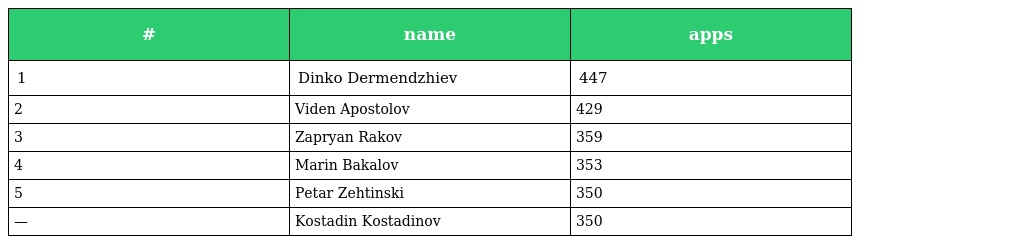
| # | name | apps |
 | --- | --- | --- |
 | 1 | Dinko Dermendzhiev | 447 |
 | 2 | Viden Apostolov | 429 |
 | 3 | Zapryan Rakov | 359 |
 | 4 | Marin Bakalov | 353 |
 | 5 | Petar Zehtinski | 350 |
 | — | Kostadin Kostadinov | 350 |